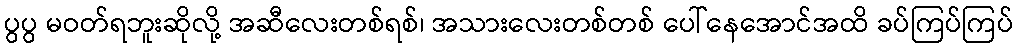
ပွပွ မဝတ်ရဘူးဆိုလို့ အဆီလေးတစ်ရစ်၊ အသားလေးတစ်တစ် ပေါ်နေအောင်အထိ ခပ်ကြပ်ကြပ်